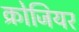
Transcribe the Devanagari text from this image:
क्रोजियर